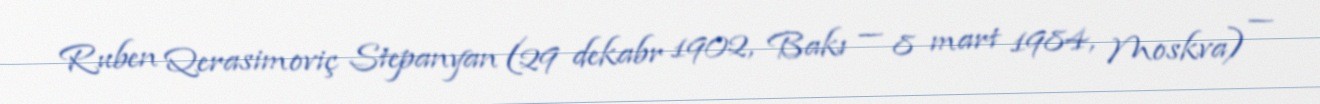
Ruben Qerasimoviç Stepanyan (29 dekabr 1902, Bakı — 8 mart 1984, Moskva) —